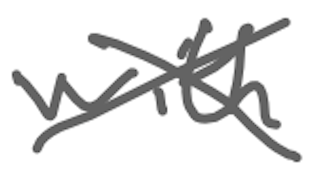
Text: with
Cross-out: cross
Writing tool: digital_gray